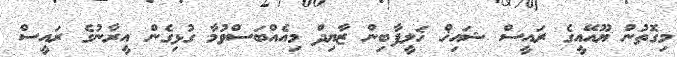
މިގޮތުން ޔޫއޭއީގެ ރައީސް ޝައިޚް ޚަލީފާބިން ޒާޔިދް މިއެއްބަސްވުމާ ގުޅިގެން އީރާނުގެ ރައީސް